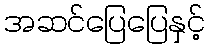
အဆင်ပြေပြေနှင့်